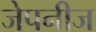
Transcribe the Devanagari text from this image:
जेपनीज